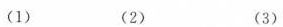
(1) (2) (3)